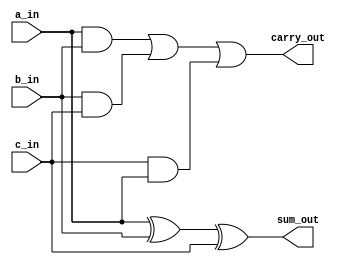
module fulladders(a_in,b_in,c_in,sum_out,carry_out);
input a_in,b_in,c_in;
output sum_out,carry_out;
assign sum_out=a_in ^ b_in^c_in;
assign carry_out= (a_in & b_in)| (b_in & c_in) | (c_in & a_in);
endmodule